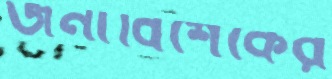
জনাবিশেকের